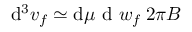
\mathrm { d } ^ { 3 } v _ { f } \simeq \mathrm { d } \mu \mathrm { ~ d ~ } w _ { f } \: 2 \pi B